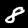
Digit: 8